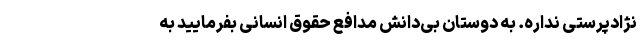
نژادپرستی نداره. به دوستان بی‌دانش مدافع حقوق انسانی بفرمایید به